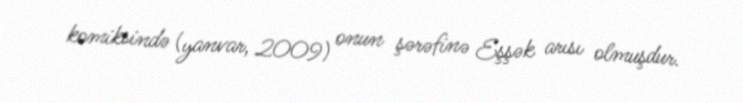
komiksində (yanvar, 2009) onun şərəfinə Eşşək arısı olmuşdur.